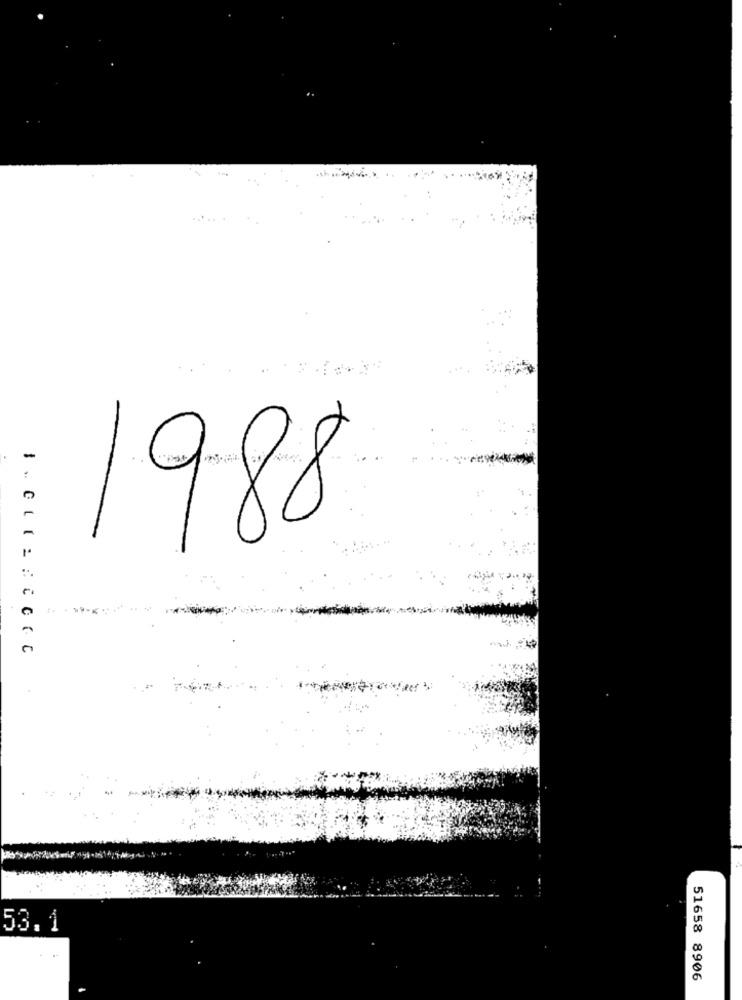
-
-
1988
1.
53.1
51658 8906